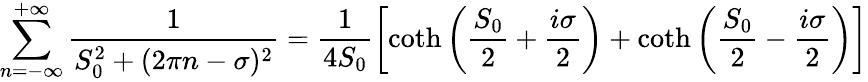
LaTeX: \sum_{n=-\infty}^{+\infty}\frac{1}{S_{0}^{2}+(2\pi n-\sigma)^{2}}=\frac{1}{4S_{0}}\left[\coth\left(\frac{S_{0}}{2}+\frac{i\sigma}{2}\right)+\coth\left(\frac{S_{0}}{2}-\frac{i\sigma}{2}\right)\right]